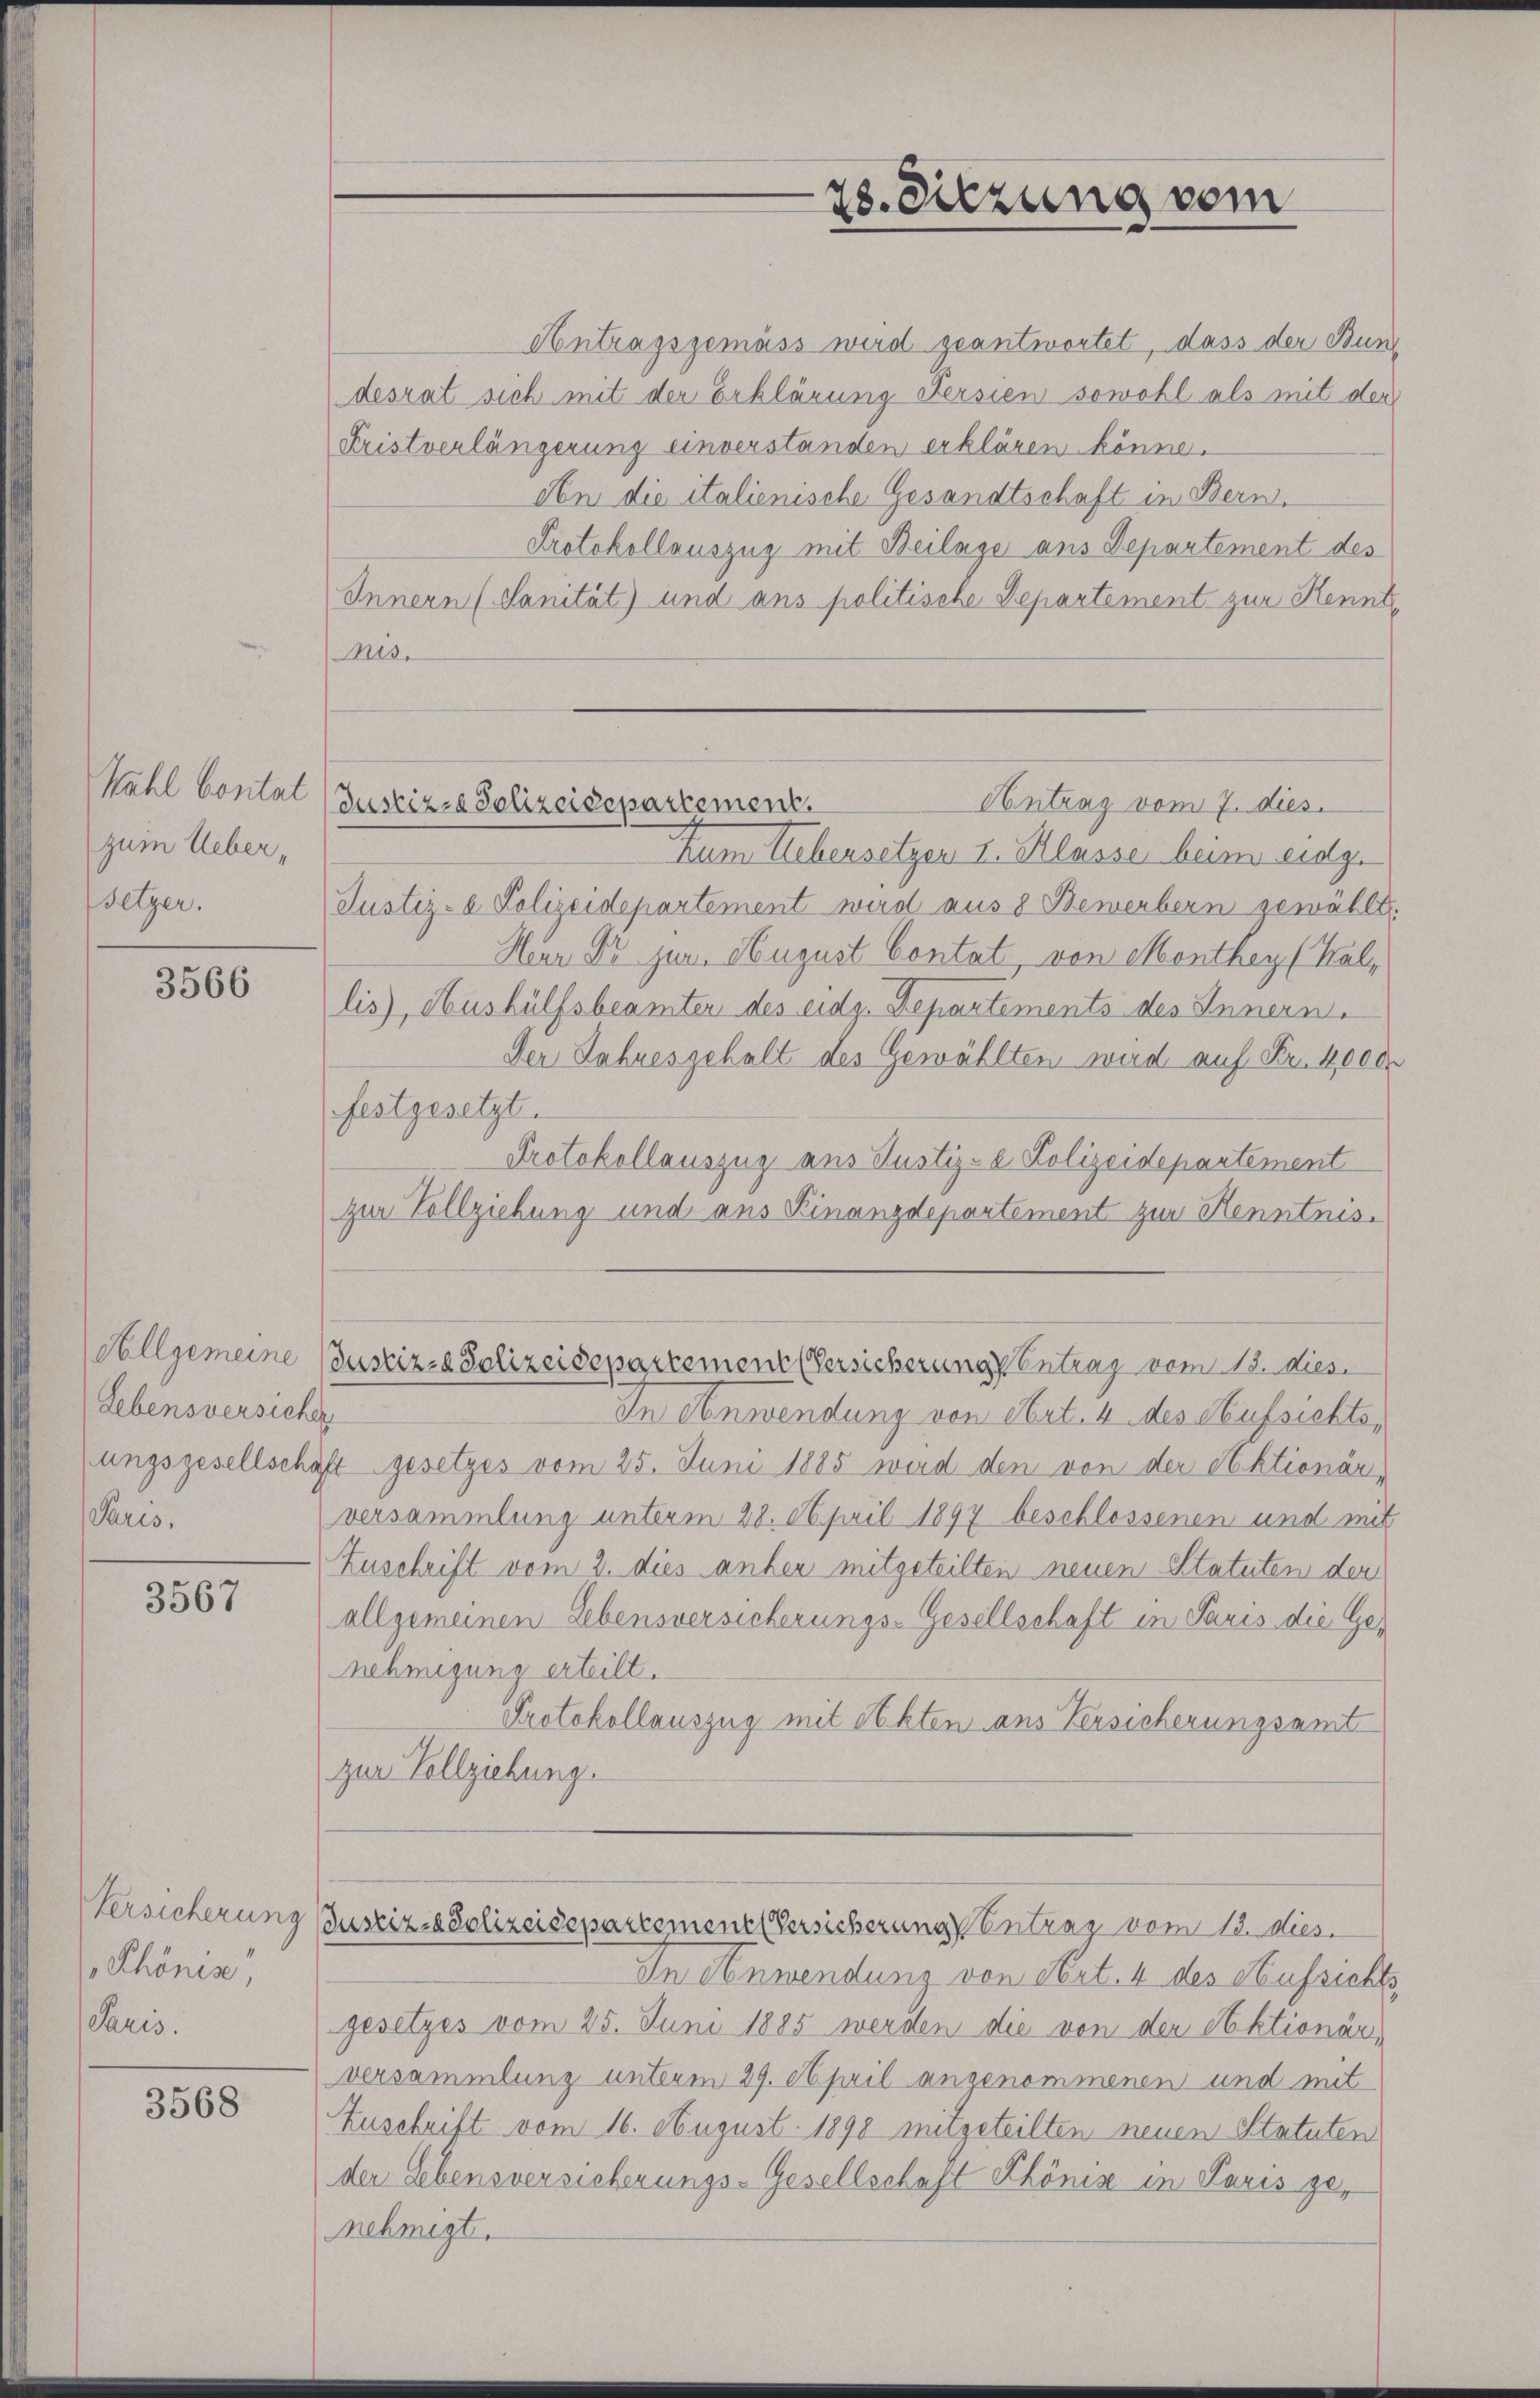
Wahl Contal
zum Ueber¬
Setzer.

3566

Allgemeine
Lebensversichen
Paris.

3567

Versicherung
Phönis,
Paris.

3568

78. Sitzung vom
v

Antragsgemäss wird geantwortet, dass der Bund
desrat sich mit der Erklärung Fersien sowohl als mit der
Fristverlängerung einverständen erklären könne.
An die italienische Gesandtschaft in Bern,
Protokollauszug mit Beilage aus Departement des
Innern (Sanität) und ans politische Departement zur Kennt¬
Mis.
Zum Lebensetzen I. Klasse beim eidge
Justiz- & Polizeidepartement wird aus 8 Bewerbern gewählt.
Herr Dr jur. August Contat, von Monthey (Kallis), Aushülfsbeamten des eidg. Departements des Innerne
Der Jahresgehalt des Gewählten wird auf Fr. 4,000
festgesetzt.
Protokollauszug aus Justiz-e Polizeidepartement
zur Vollziehung und aus Finanzdepartement zur Kenntnis.
Justiz- & Polizeidepartement (Versicherung Eintrag/Antrag vom 13. Mies.
In Anwendung von Art. 4 des Aufsichtsungsgesellschaft gesetzes vom 25. Juni 1885 wird den von der Sektionär
versammlung unterm 28. April 1897 beschlossenen und mit
Zuschrift vom 2. dies anher mitgeteilten neuen Statuten der
allgemeinen Lebensversicherungs-Gesellschaft in Paris die Genehmigung erteilt.
Protokollauszug mit Sekten aus Versicherungsamt-
zur Vollziehung.
Justiz-Polizeidepartement Versicherung vontrag vom 12. Mies.
In Anwendung von Art. 4 des Aufsichts
gesetzes vom 25. Juni 1885 werden die von der ebktionär
Versammlung unterm 29. April angenommenen und mit
Zuschrift vom 16. August 1898 mitgeteilten neuen Statuten
der Lebensversicherungs-Gesellschaft Khönis in Paris genehmigt.

Antrag vom 7. dies
Justiz- Polizeidepartement.